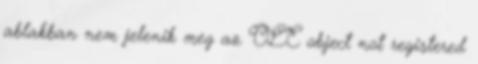
ablakban nem jelenik meg az OLE object not registered